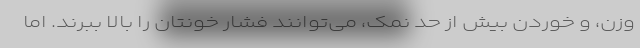
وزن، و خوردن بیش از حد نمک، می‌توانند فشار خونتان را بالا ببرند. اما